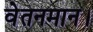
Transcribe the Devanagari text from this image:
वेतनमान।